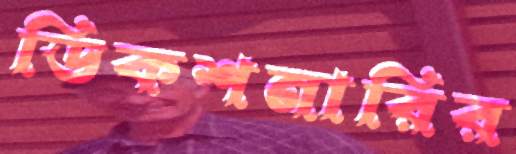
ডিকশনারির